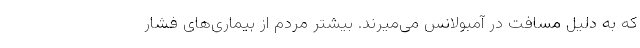
که به دلیل مسافت در آمبولانس می‌میرند. بیشتر مردم از بیماری‌های فشار